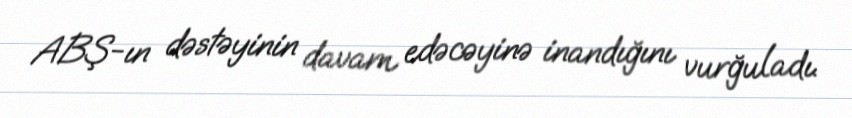
ABŞ-ın dəstəyinin davam edəcəyinə inandığını vurğuladı.